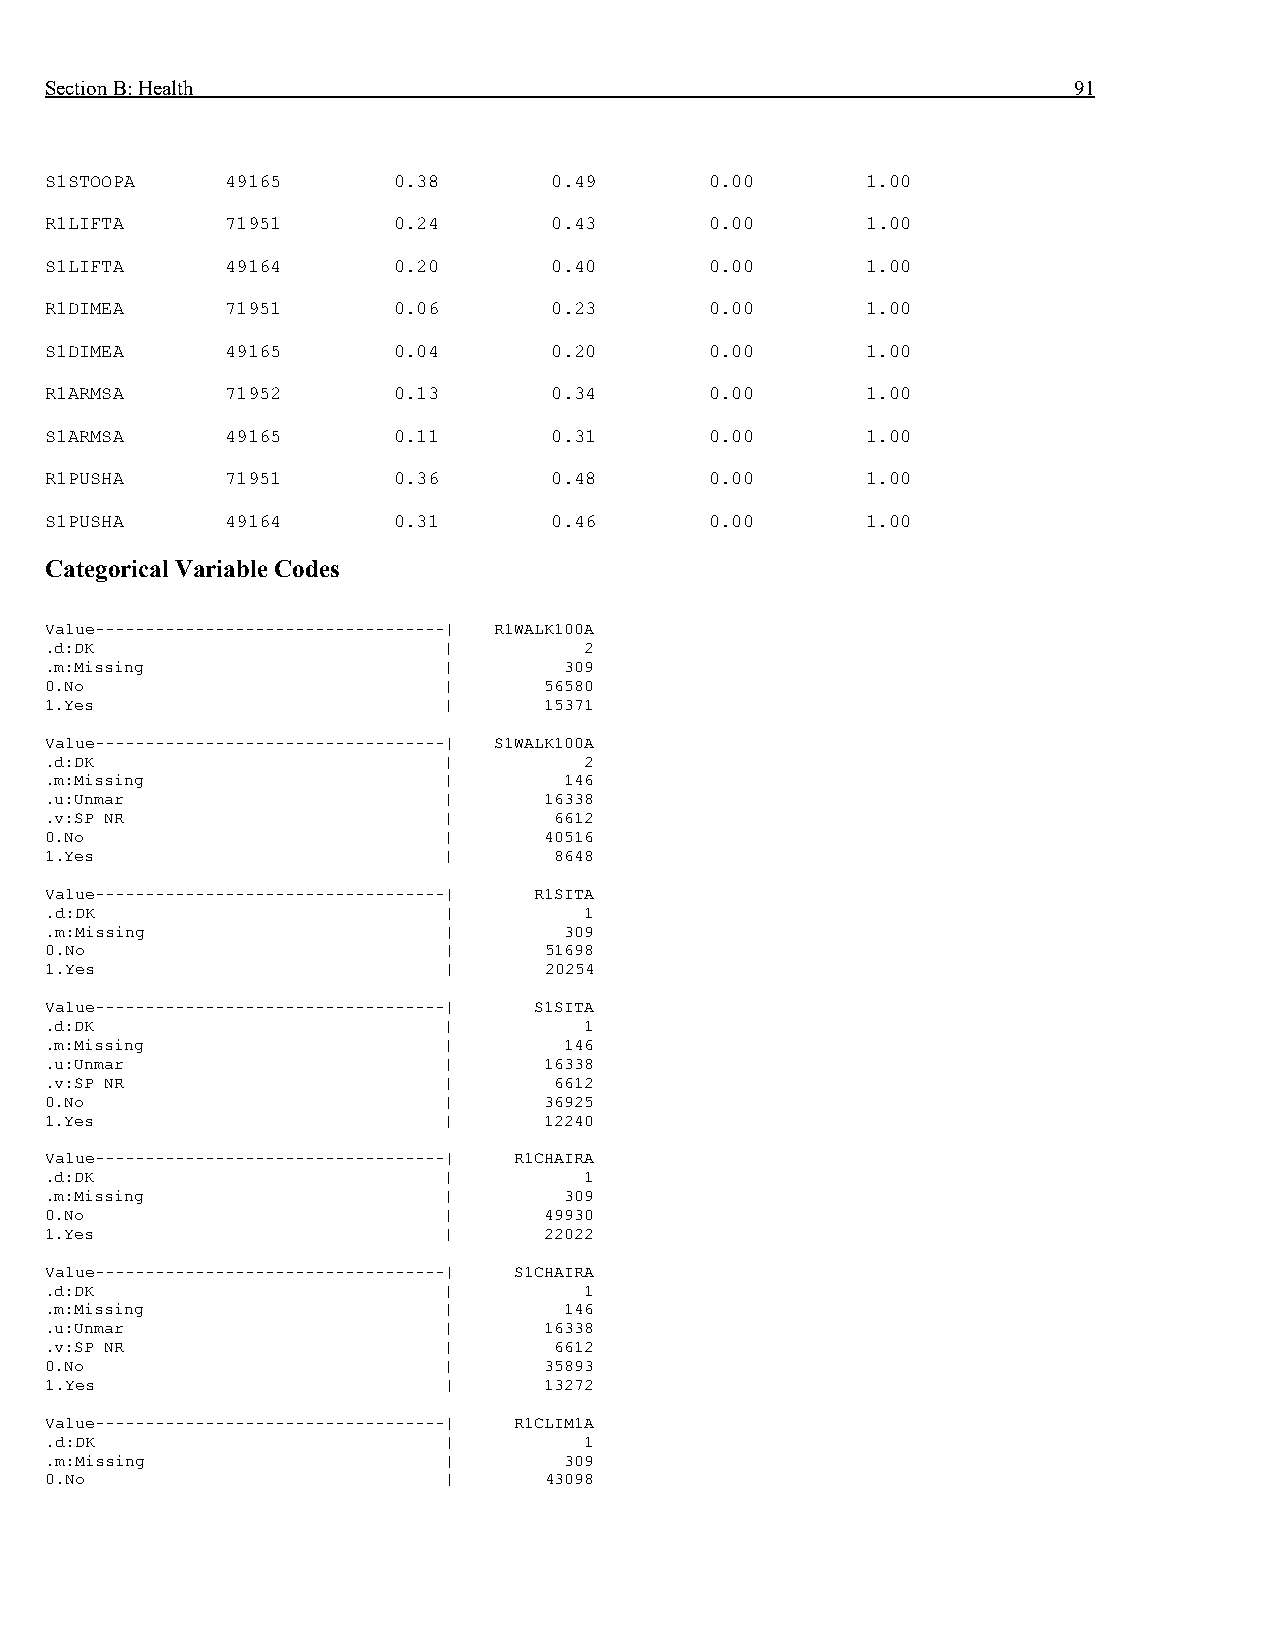
Section B: Health                                                   91
 S1STOOPA    49165      0.38      0.49       0.00      1.00
 R1LIFTA     71951      0.24      0.43       0.00      1.00
 S1LIFTA     49164      0.20      0.40       0.00      1.00
 R1DIMEA     71951      0.06      0.23       0.00      1.00
 S1DIMEA     49165      0.04      0.20       0.00      1.00
 R1ARMSA     71952      0.13      0.34       0.00      1.00
 S1ARMSA     49165      0.11      0.31       0.00      1.00
 R1PUSHA     71951      0.36      0.48       0.00      1.00
 S1PUSHA     49164      0.31      0.46       0.00      1.00
 Categorical Variable Codes
 Value-----------------------------------| R1WALK100A
 .d:DK                     |         2
 .m:Missing                |       309
 0.No                      |      56580
 1.Yes                     |      15371
 Value-----------------------------------| S1WALK100A
 .d:DK                     |         2
 .m:Missing                |       146
 .u:Unmar                  |      16338
 .v:SP NR                  |       6612
 0.No                      |      40516
 1.Yes                     |       8648
 Value-----------------------------------| R1SITA
 .d:DK                     |         1
 .m:Missing                |       309
 0.No                      |      51698
 1.Yes                     |      20254
 Value-----------------------------------| S1SITA
 .d:DK                     |         1
 .m:Missing                |       146
 .u:Unmar                  |      16338
 .v:SP NR                  |       6612
 0.No                      |      36925
 1.Yes                     |      12240
 Value-----------------------------------| R1CHAIRA
 .d:DK                     |         1
 .m:Missing                |       309
 0.No                      |      49930
 1.Yes                     |      22022
 Value-----------------------------------| S1CHAIRA
 .d:DK                     |         1
 .m:Missing                |       146
 .u:Unmar                  |      16338
 .v:SP NR                  |       6612
 0.No                      |      35893
 1.Yes                     |      13272
 Value-----------------------------------| R1CLIM1A
 .d:DK                     |         1
 .m:Missing                |       309
 0.No                      |      43098